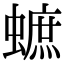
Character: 蟅